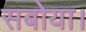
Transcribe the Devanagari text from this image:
सबोया।